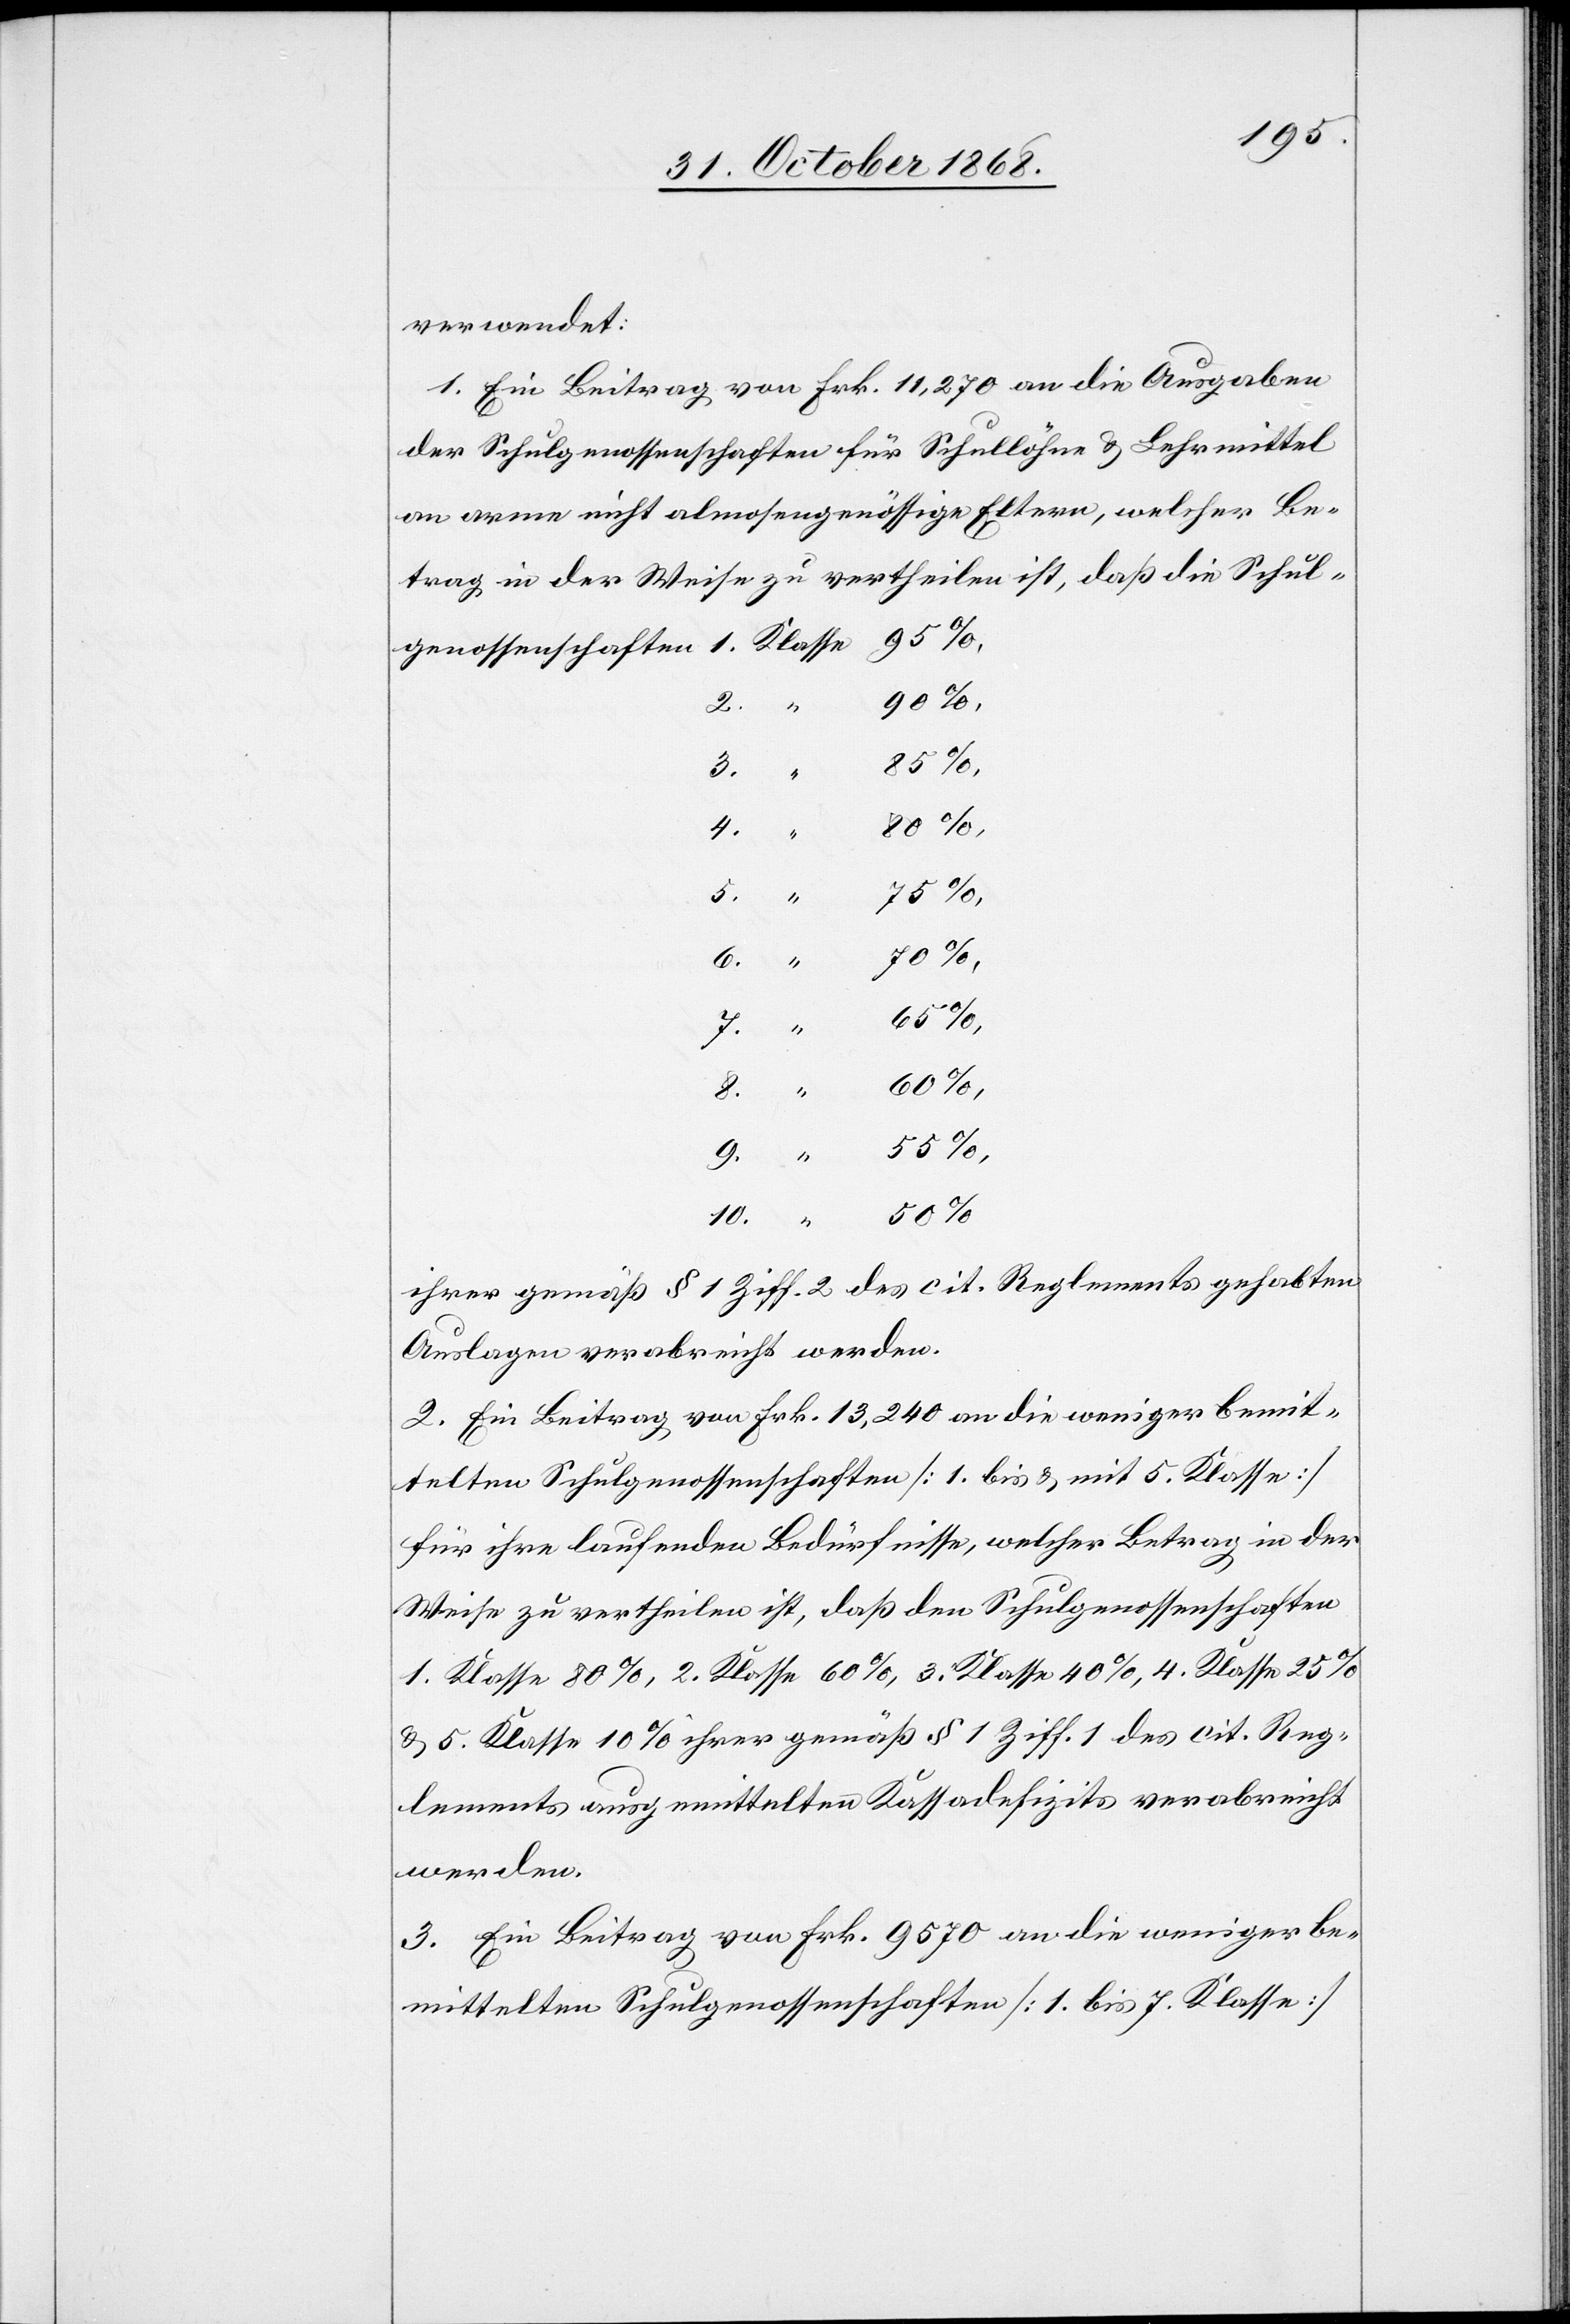
verwendet:
1. Ein Beitrag von Frk. 11,270 an die Ausgaben
der Schulgenossenschaften für Schullöhne & Lehrmittel
90%,
2.
7.
8.
85%,
4.
“
5.
55%,
10.
Klasse
60%,
9. “
ihrer gemäß § 1 Ziff. 2 des cit. Reglements gehabten
Auslagen verabreicht werden.
2. Ein Beitrag von Frk. 13,240 an die weniger bemit¬
telten Schulgenossenschaften [1. bis & mit 5. Klasse]
für ihre laufenden Bedürfnisse, welcher Betrag in der
Weise zu vertheilen ist, daß den Schulgenossenschaften
1. Klasse 80%, 2. Klasse 60%, 3. Klasse 40%, 4. Klasse 25%
& 5. Klasse 10% ihrer gemäß § 1 Ziff. 1 des cit. Reg¬
lements ausgemittelten Kassadefizits verabreicht
werden.
3. Ein Beitrag von Frk. 9570 an die weniger be¬
mittelten Schulgenossenschaften [1. bis 7. Klasse]